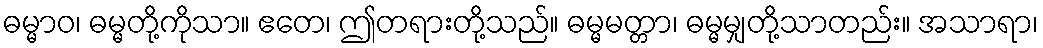
ဓမ္မာဝ၊ ဓမ္မတို့ကိုသာ။ ဧတေ၊ ဤတရားတို့သည်။ ဓမ္မမတ္တာ၊ ဓမ္မမျှတို့သာတည်း။ အသာရာ၊